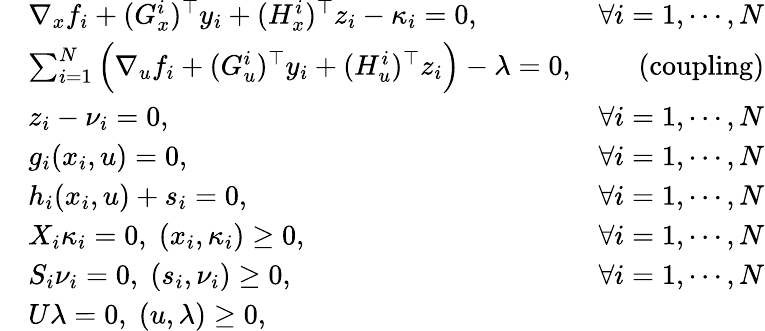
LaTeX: \begin{array}{rlr}&{\nabla_{x}f_{i}+(G_{x}^{i})^{\top}y_{i}+(H_{x}^{i})^{\top}z_{i}-\kappa_{i}=0,}&{\forall i=1,\cdots,N}\\ &{\sum_{i=1}^{N}\Big(\nabla_{u}f_{i}+(G_{u}^{i})^{\top}y_{i}+(H_{u}^{i})^{\top}z_{i}\Big)-\lambda=0,}&{\mathrm{(coupling)}}\\ &{z_{i}-\nu_{i}=0,}&{\forall i=1,\cdots,N}\\ &{g_{i}(x_{i},u)=0,}&{\forall i=1,\cdots,N}\\ &{h_{i}(x_{i},u)+s_{i}=0,}&{\forall i=1,\cdots,N}\\ &{X_{i}\kappa_{i}=0,\; (x_{i},\kappa_{i})\geq 0,}&{\forall i=1,\cdots,N}\\ &{S_{i}\nu_{i}=0,\; (s_{i},\nu_{i})\geq 0,}&{\forall i=1,\cdots,N}\\ &{U\lambda=0,\; (u,\lambda)\geq 0,}\end{array}